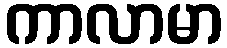
ကာလာမာ